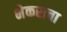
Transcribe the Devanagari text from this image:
भेकराचा